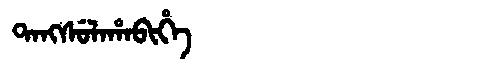
Manchu: ᡨᠠᠩᠰᡠᠯᠠᡥᠠᠪᡳᡥᡝ
Romanization: TANGSULAHABIHE